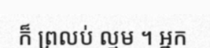
ក៏ ព្រលប់ ល្មម ។ ឣ្នក